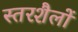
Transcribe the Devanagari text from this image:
स्तरशैलों